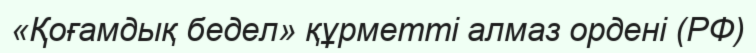
«Қоғамдық бедел» құрметті алмаз ордені (РФ)